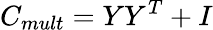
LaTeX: C_{mult}=YY^{T}+I